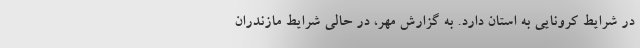
در شرایط کرونایی به استان دارد. به گزارش مهر، در حالی شرایط مازندران